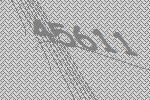
45611